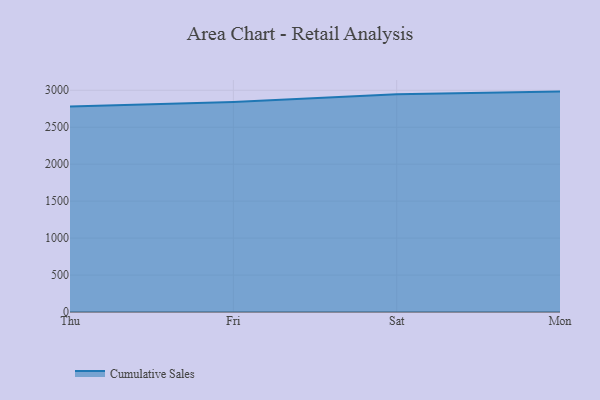
{"axis": {"x": "Day", "y": "Waste Production (Tons)"}, "legend": ["Cumulative Sales"], "data": [{"x": "Thu", "y": 2779.3, "type": "Cumulative Sales"}, {"x": "Fri", "y": 2840.8, "type": "Cumulative Sales"}, {"x": "Sat", "y": 2948.1, "type": "Cumulative Sales"}, {"x": "Mon", "y": 2982.3, "type": "Cumulative Sales"}]}